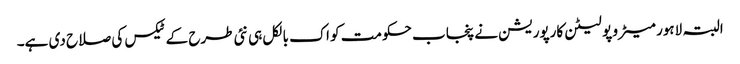
البتہ لاہور میٹرو پو لیٹن کارپوریشن نے پنجاب حکومت کو اک بالکل ہی نئی طرح کے ٹیکس کی صلاح دی ہے۔